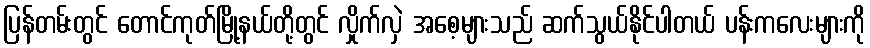
ပြန်တမ်းတွင် တောင်ကုတ်မြို့နယ်တို့တွင် လှိုက်လှဲ အစေ့များသည် ဆက်သွယ်နိုင်ပါတယ် ပန်းကလေးများကို